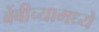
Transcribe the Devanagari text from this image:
बेंबीच्यामध्ये